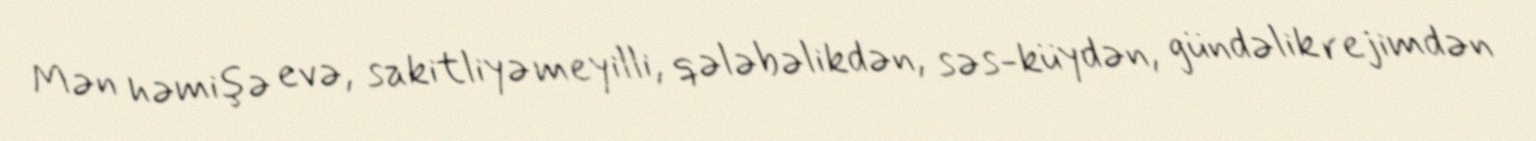
Mən həmişə evə, sakitliyə meyilli, qələbəlikdən, səs-küydən, gündəlik rejimdən